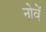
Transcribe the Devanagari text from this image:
नोवें